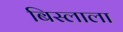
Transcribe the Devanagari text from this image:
बिस्लाला